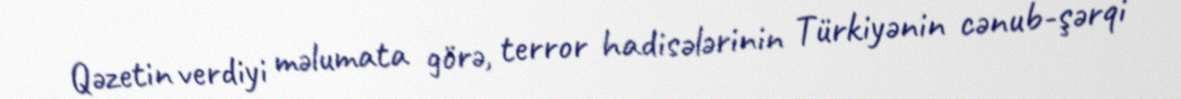
Qəzetin verdiyi məlumata görə, terror hadisələrinin Türkiyənin cənub-şərqi